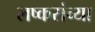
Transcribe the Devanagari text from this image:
लष्करांच्या